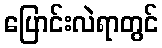
ပြောင်းလဲရာတွင်